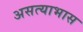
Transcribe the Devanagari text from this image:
असत्याभास